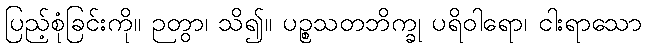
ပြည့်စုံခြင်းကို။ ဉတွာ၊ သိ၍။ ပဉ္စသတဘိက္ခု ပရိဝါရော၊ ငါးရာသော